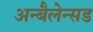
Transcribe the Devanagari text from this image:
अन्बैलेन्सड